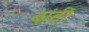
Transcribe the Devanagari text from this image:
बांटीं